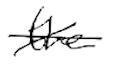
Text: the
Cross-out: cross
Writing tool: digital_black